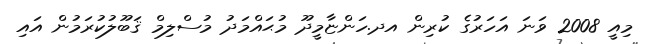
މިއީ 2008 ވަނަ އަހަރުގެ ކުރިން އދ.ހަންޏާމީދޫ މުޙައްމަދު މުސްލިމް ޤަބޫލުކުރަމުން އައި